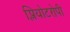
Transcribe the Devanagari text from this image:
प्लियोटरोपी